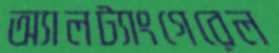
অ্যালট্যাংগেরেল